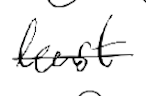
Text: least
Cross-out: single-line
Writing tool: digital_black